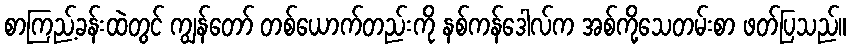
စာကြည့်ခန်းထဲတွင် ကျွန်တော် တစ်ယောက်တည်းကို နစ်ကန်ဒေါလ်က အစ်ကို့သေတမ်းစာ ဖတ်ပြသည်။